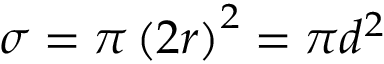
\quad \sigma = \pi \left( 2 r \right) ^ { 2 } = \pi d ^ { 2 }